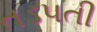
તડપતી